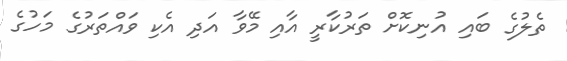
ތެލުގެ ބައި އުނިކޮށް ތަރުކާރީ އާއި މޭވާ އަދި އެކި ވައްތަރުގެ މަހުގެ